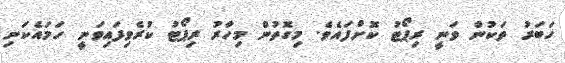
ހަބަރު ތަކުން ވަނީ ރިޕޯޓު ކޮށްފައެވެ. މިގޮތުން މިހާރު ރިޕޯޓު ކުރެވިފައިވަނީ ހަމައެކަނި